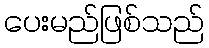
ပေးမည်ဖြစ်သည်